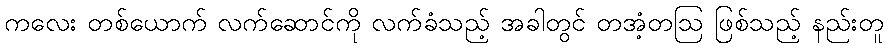
ကလေး တစ်ယောက် လက်ဆောင်ကို လက်ခံသည့် အခါတွင် တအံ့တဩ ဖြစ်သည့် နည်းတူ